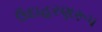
ઉદાહરણરૂપ